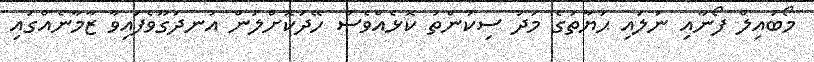
މޯބައިލް ފޯނާއި ނުލައި ޙަޔާތުގެ މަދު ސިކުންތު ކޮޅެއްވެސް ހޭދަކޮށްލަން އުނދަގޫވެފައިވާ ޒާމާނެއްގައި